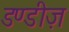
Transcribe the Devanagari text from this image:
डण्डीज़